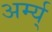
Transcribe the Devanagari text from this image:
अर्म्य्